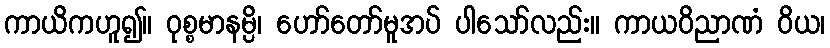
ကာယိကဟူ၍။ ဝုစ္စမာနမ္ပိ၊ ဟော်တော်မူအပ် ပါသော်လည်း။ ကာယဝိညာဏံ ဝိယ၊